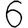
Digit: 6